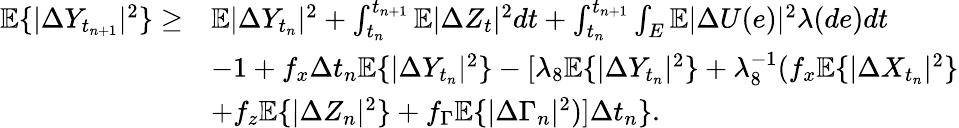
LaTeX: \begin{array}{rl}{\mathbb{E}\{ |\Delta Y_{t_{n+1}}|^{2}\} \geq}&{\mathbb{E}|\Delta Y_{t_{n}}|^{2}+\int_{t_{n}}^{t_{n+1}}\mathbb{E}|\Delta Z_{t}|^{2}dt+\int_{t_{n}}^{t_{n+1}}\int_{E}\mathbb{E}|\Delta U(e)|^{2}\lambda(de)dt}\\ &{-{1+f_{x}}\Delta t_{n}\mathbb{E}\{ |\Delta Y_{t_{n}}|^{2}\} -[\lambda_{8}\mathbb{E}\{ |\Delta Y_{t_{n}}|^{2}\} +\lambda_{8}^{-1}(f_{x}\mathbb{E}\{ |\Delta X_{t_{n}}|^{2}\} }\\ &{+f_{z}\mathbb{E}\{ |\Delta Z_{n}|^{2}\} +f_{\Gamma}\mathbb{E}\{ |\Delta\Gamma_{n}|^{2})]\Delta t_{n}\} .}\end{array}